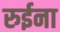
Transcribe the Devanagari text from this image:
रुईना